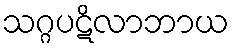
သဂ္ဂပဋိလာဘာယ